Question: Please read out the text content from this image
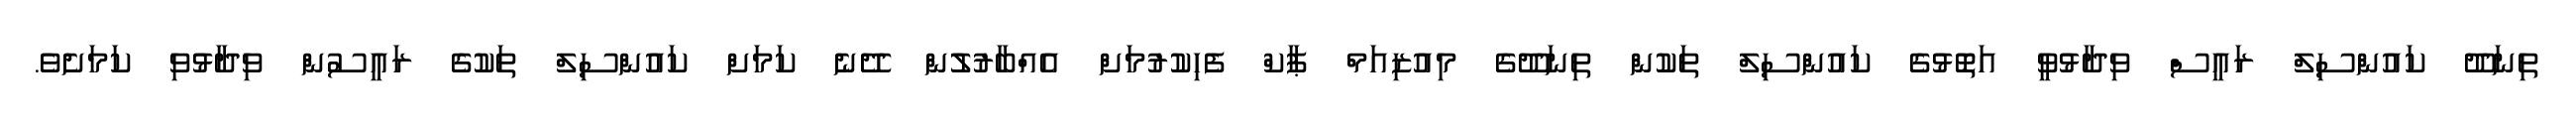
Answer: ތިނަދޫ ކައުންސިލް ރައީސް ވިދާޅުވީ އަތޮޅުގެ ކައުންސިލް ތަކުން ތިނަދޫގެ މިއުޒިއަމް ޕާކް ފެހިކުރުމަށް އެއްބާރުލުން ދޭނެ ކަމަށް ކައުންސިލް ތަކުގެ ރައީސުން ވިދާޅުވި ކަމަށެވެ.